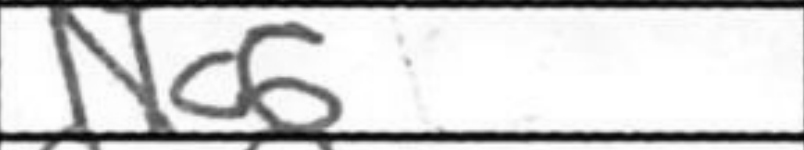
Transcription: Nc6